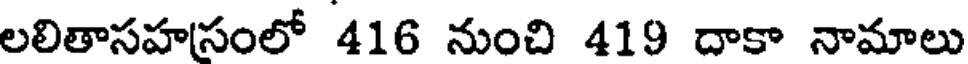
లలితాసహ(సంలో 416 నుంచి 419 దాకా నామాలు